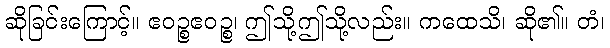
ဆိုခြင်းကြောင့်။ ဧဝဉ္စဧဝဉ္စ၊ ဤသို့ဤသို့လည်း။ ကထေသိ၊ ဆို၏။ တံ၊